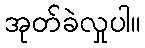
အုတ်ခဲလှုပါ။